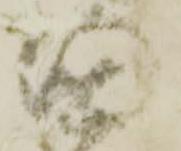
国